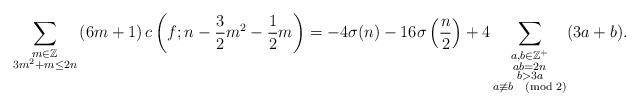
\begin{align*} \sum_{\substack{m\in \mathbb{Z}\\3m^2+m\leq 2n}}\left(6m+1\right)c\left(f; n-\frac{3}{2}m^2-\frac{1}{2}m\right)=-4\sigma(n)-16\sigma\left(\frac{n}{2}\right)+4\sum_{\substack{a,b\in \mathbb{Z}^+\\ab=2n\\b> 3a\\a\not\equiv b \pmod{2}}} (3a+b).\end{align*}